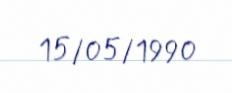
15/05/1990